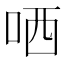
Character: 哂